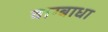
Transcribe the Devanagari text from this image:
वाग्बाधा